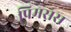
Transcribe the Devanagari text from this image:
प्रिमसस